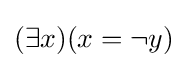
(\exists x)(x=\lnot y)